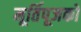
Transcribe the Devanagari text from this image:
मूर्तिपूजकों